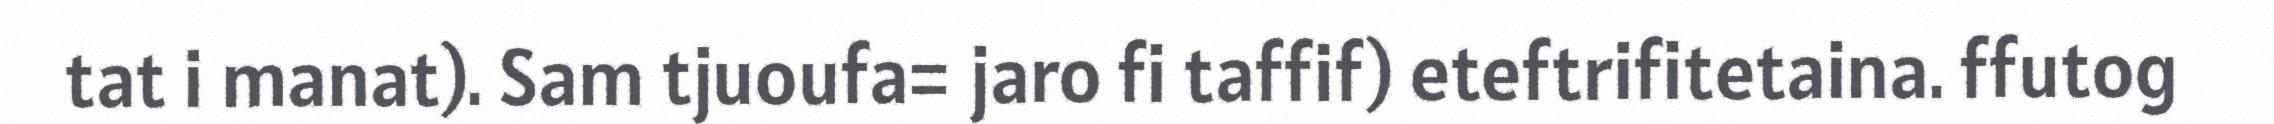
tat i manat). Sam tjuoufa= jaro fi taffif) eteftrifitetaina. ffutog